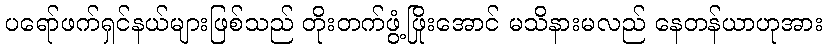
ပရော်ဖက်ရှင်နယ်များဖြစ်သည် တိုးတက်ဖွံ့ဖြိုးအောင် မသိနားမလည် နေတန်ယာဟုအား